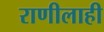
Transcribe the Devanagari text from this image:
राणीलाही